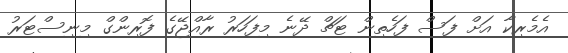
އެމެރިކާ އަށް ފަސް ފަހެތިން ޓަޗް ދޭނެ މިފަހަރު ރާއްޖޭގެ ފޮރިންގް މިނިސްޓަރު